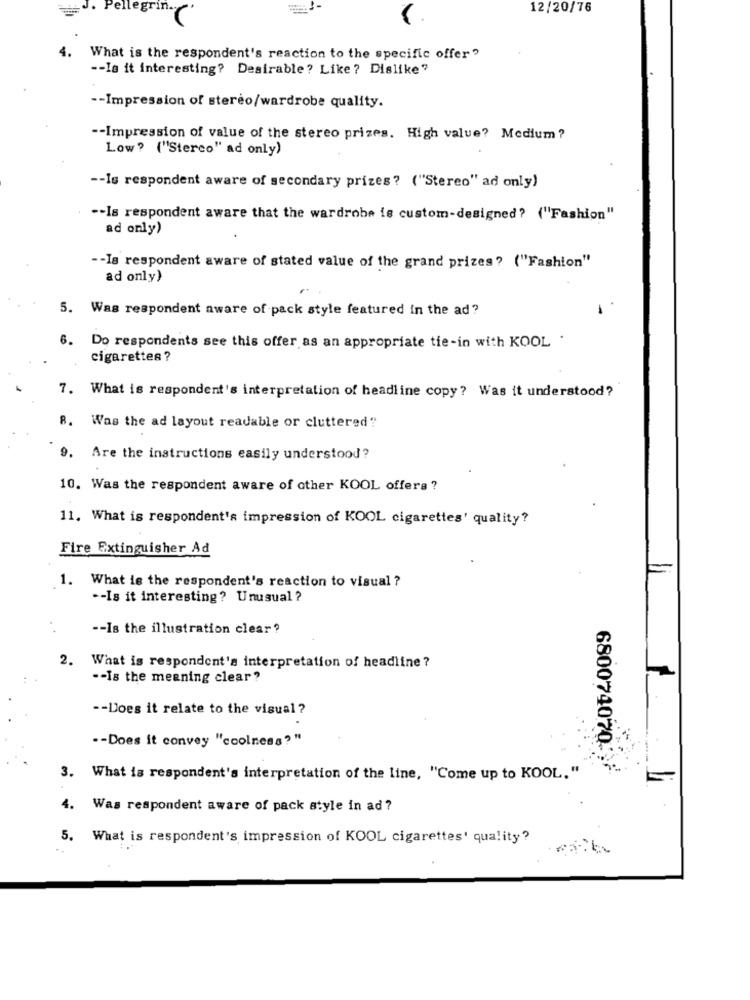
12/20/76
What is the respondent's reaction to the specific offer?
-- Is it interesting? Desirable? Like? Dislike"
-- Impression of stereo/wardrobe quality.
-- Impression of value of the stereo prizes. High value? Medium?
Low? ("Sterco" ad only)
-- Is respondent aware of secondary prizes ? ("Stereo" ad only)
-- Is respondent aware that the wardrobe is custom-designed? ("Fashion"
ad only)
-- Is respondent aware of stated value of the grand prizes? ("Fashion"
ad only)
5. Was respondent aware of pack style featured in the ad?
6. Do respondents see this offer as an appropriate tie-in with KOOL .
cigarettes ?
7. What is respondent's interpretation of headline copy ? Was it understood?
8. Was the ad layout readable or cluttered"
9. Are the instructions easily understood ?
10. Was the respondent aware of other KOOL offers ?
11. What is respondent's impression of KOOL cigarettes' quality?
Fire Extinguisher Ad
1. What is the respondent's reaction to visual ?
-- Is it interesting? Unusual?
-- Is the illustration clear?
2. What is respondent's interpretation of headline ?
-- Is the meaning clear?
-- Does it relate to the visual ?
.- Does it convey "coolness?"
680074070:
3. What is respondent's interpretation of the line, "Come up to KOOL."
4.
Was respondent aware of pack style in ad ?
5. What is respondent's impression of KOOL cigarettes' quality?